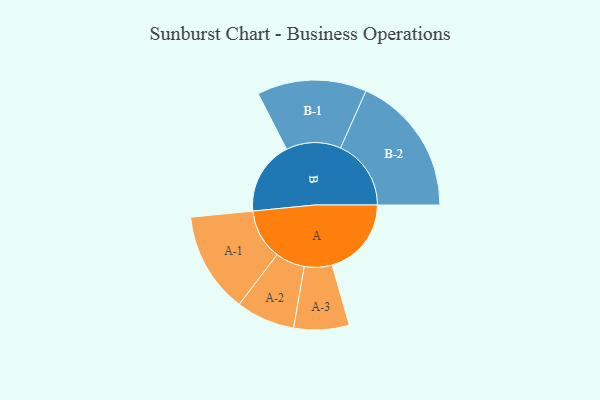
{"axis": {"x": "Segment", "y": "Value"}, "legend": ["", "A", "B"], "data": [{"x": "A", "y": 310, "type": ""}, {"x": "B", "y": 287, "type": ""}, {"x": "A-1", "y": 197, "type": "A"}, {"x": "A-2", "y": 115, "type": "A"}, {"x": "A-3", "y": 108, "type": "A"}, {"x": "B-1", "y": 214, "type": "B"}, {"x": "B-2", "y": 276, "type": "B"}]}